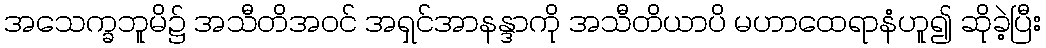
အသေက္ခဘူမိ၌ အသီတိအဝင် အရှင်အာနန္ဒာကို အသီတိယာပိ မဟာထေရာနံဟူ၍ ဆိုခဲ့ပြီး